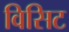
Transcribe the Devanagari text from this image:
विसिट